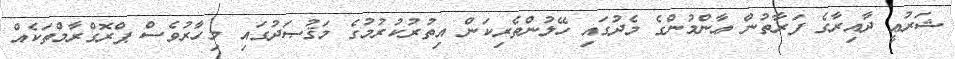
ޝަރުޢީ ދާއިރާގެ ފަރާތުން ޢާންމުންގެ މެދުގައި ހޭލުންތެރިކަން އިތުރުކުރުމުގެ މަޤުޞަދުގައި މިހާރުވެސް ޕްރޮގްރާމްތަކެއް